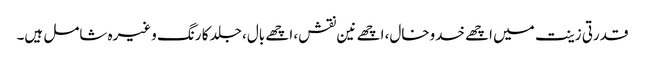
قدرتی زینت میں اچھے خدوخال، اچھے نین نقش، اچھے بال، جلد کا رنگ وغیرہ شامل ہیں۔